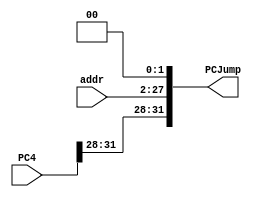
`timescale 1ns / 1ps
//////////////////////////////////////////////////////////////////////////////////
// Company: 
// Engineer: 
// 
// Design Name: 
// Module Name: PCJump
// Project Name: 
// Target Devices: 
// Tool Versions: 
// Description: 
// 
// Dependencies: 
// 
// Revision:
// Revision 0.01 - File Created
// Additional Comments:
// 
//////////////////////////////////////////////////////////////////////////////////


module PCJump(addr, PC4, PCJump);
    input [25:0] addr; //0-25jjal26
    input [31:0] PC4; //PC+4
    output reg [31:0] PCJump; //
    
    wire [27:0] temp; // 
    assign temp = addr << 2;  // PC
    always @(addr) begin  
        PCJump <= {PC4[31:28], temp[27:0]};  
    end  
endmodule